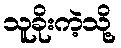
သူခိုးကဲ့သို့